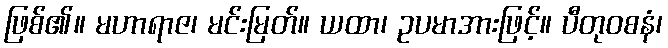
ဖြစ်၏။ မဟာရာဇ၊ မင်းမြတ်။ ယထာ၊ ဥပမာအားဖြင့်။ ပီတုဝစနံ၊